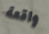
واقعة